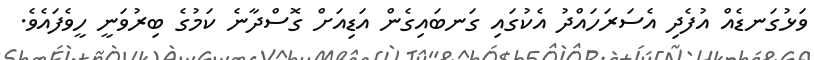
ވަޅުގަނޑެއް އުފެދި އެސަރަހައްދު އެކުގައި ގަނބައިގެން އަޑިއަށް ގޮސްދާނެ ކަމުގެ ބިރުވަނީ ހީވެފައެވެ.